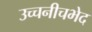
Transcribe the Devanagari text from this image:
उच्चनीचभेद